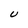
Character: U